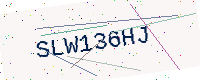
Text: SLW136HJ